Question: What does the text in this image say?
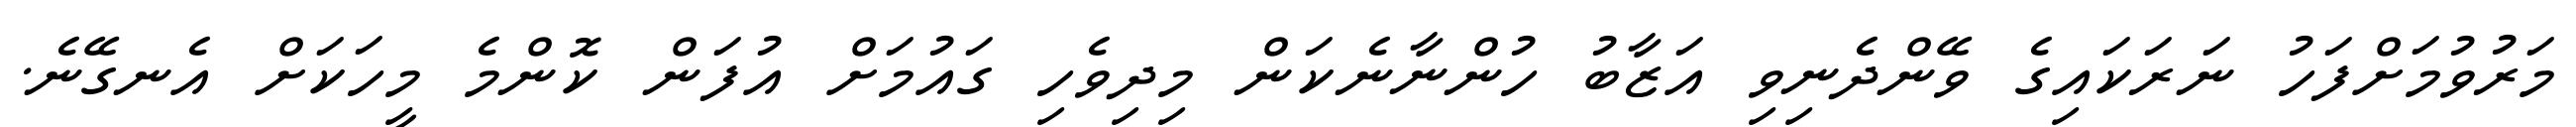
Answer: މަރުވުމަށްފަހު ނަރަކައިގެ ވޭންދެނިވި އަޒާބު ހުންނާނެކަން މިދިވެހި ގައުމަށް އުފަން ކޮންމެ މީހަކަށް އެނގޭނެ.